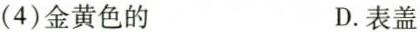
(4)金黄色的 D.表盖